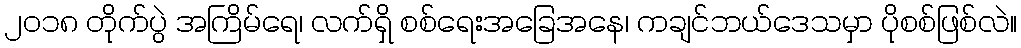
၂၀၁၈ တိုက်ပွဲ အကြိမ်ရေ၊ လက်ရှိ စစ်ရေးအခြေအနေ၊ ကချင်ဘယ်ဒေသမှာ ပိုစစ်ဖြစ်လဲ။